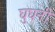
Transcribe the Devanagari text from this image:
घुघनी